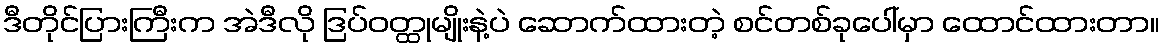
ဒီတိုင်ပြားကြီးက အဲဒီလို ဒြပ်ဝတ္ထုမျိုးနဲ့ပဲ ဆောက်ထားတဲ့ စင်တစ်ခုပေါ်မှာ ထောင်ထားတာ။